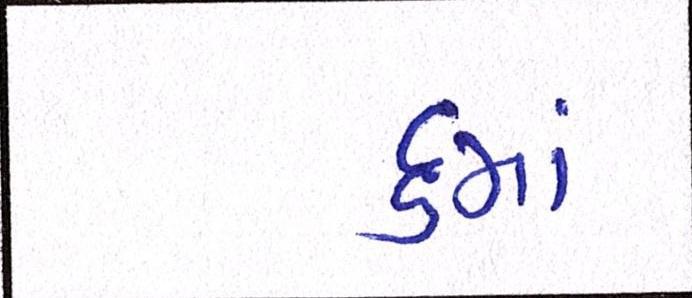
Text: ૬માં